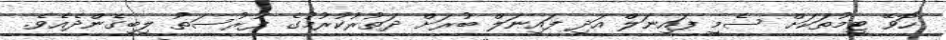
ހޮވޭ ޓީމުތަކަށް ސެމީ ފައިނަލް އަދި ފައިނަލް ބުރަށް ދަތުރުކުރުމުގެ ފުރުސަތު ލިބިގެންދެއެވެ.